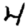
Digit: 4